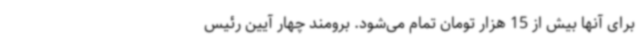
برای آنها بیش از 15 هزار تومان تمام می‌شود. برومند چهار آیین رئیس